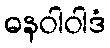
ဓနဝါဝါဒံ